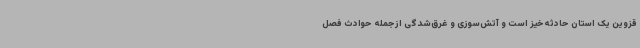
قزوین یک استان حادثه‌خیز است و آتش‌سوزی و غرق‌شدگی ازجمله حوادث فصل